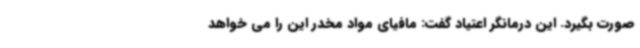
صورت بگیرد. این درمانگر اعتیاد گفت: مافیای مواد مخدر این را می خواهد